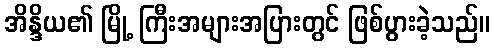
အိန္ဒိယ၏ မြို့ ကြီးအများအပြားတွင် ဖြစ်ပွားခဲ့သည်။